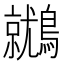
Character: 𪆩